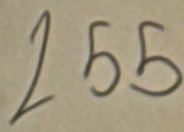
255